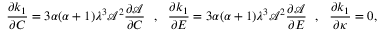
\frac { \partial k _ { 1 } } { \partial C } = 3 \alpha ( \alpha + 1 ) \lambda ^ { 3 } \mathcal { A } ^ { 2 } \frac { \partial \mathcal { A } } { \partial C } ~ ~ , ~ ~ \frac { \partial k _ { 1 } } { \partial E } = 3 \alpha ( \alpha + 1 ) \lambda ^ { 3 } \mathcal { A } ^ { 2 } \frac { \partial \mathcal { A } } { \partial E } ~ ~ , ~ ~ \frac { \partial k _ { 1 } } { \partial \kappa } = 0 ,